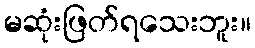
မဆုံးဖြတ်ရသေးဘူး။